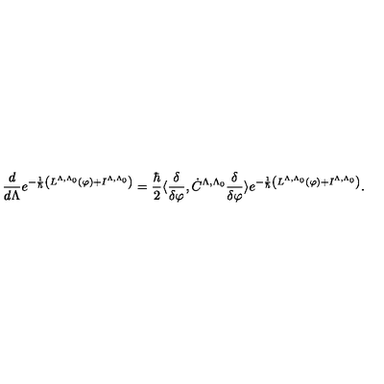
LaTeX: \frac { d } { d \Lambda } e ^ { - \frac { 1 } { \hbar } \left( L ^ { \Lambda , \Lambda _ { 0 } } ( \varphi ) + I ^ { \Lambda , \Lambda _ { 0 } } \right) } = \frac { \hbar } { 2 } \langle \frac { \delta } { \delta \varphi } , \dot { C } ^ { \Lambda , \Lambda _ { 0 } } \frac { \delta } { \delta \varphi } \rangle e ^ { - \frac { 1 } { \hbar } \left( L ^ { \Lambda , \Lambda _ { 0 } } ( \varphi ) + I ^ { \Lambda , \Lambda _ { 0 } } \right) } .